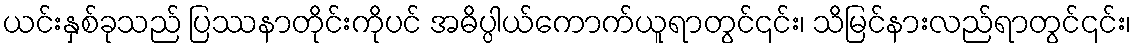
ယင်းနှစ်ခုသည် ပြဿနာတိုင်းကိုပင် အဓိပ္ပါယ်ကောက်ယူရာတွင်၎င်း၊ သိမြင်နားလည်ရာတွင်၎င်း၊